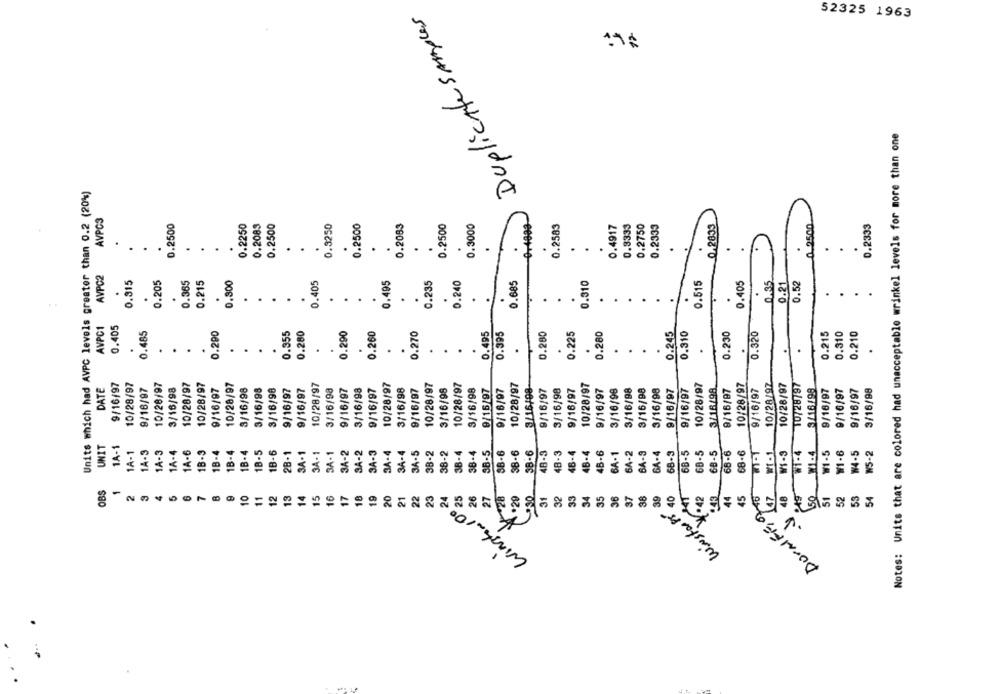
Duplicate samples
52325 1963
17
Notes: Units that are colored had unacceptable wrinkel levels for more than one
Units which had AVPC levels greater than 0.2 (20%)
AVPC3
0.2500
0.2250
0.2083
0.2500
0.3250
0.2500
0.2083
0.2500
0.3000
0.2583
0.4917
0.3333
0.2750
0.2333
0,2833
0.2500
0.2333
.
.
.
.
.
.
.
.
.
..
.
.
.
.
.
.
.
.
.
.
0.815
0.365
0.215
0.300
0.405
0.495
0.235
0.240
0.685
0.310
0.515
0.35
0.21
0.52
.
.
.
.
.
.
.
.
.
.
.
.
.
.
.
.
.
0.405
AVPC1
0.485
0.290
0.355
0.280
0.270
0.495
0.395
0.280
0.245
0.310
0.230
0.320
0.215
0.310
0.210
.
.
.
.
.
.
.
.
.
.
.
.
.
.
.
.
.
.
.
10/28/97
10/28/97
10/28/97
10/28/97
DATE
9/16/97
10/28/97
9/16/97
10/28/97
3/16/98
10/28/97
10/28/97
9/16/97
10/28/97
3/16/98
3/16/98
3/16/98
9/16/97
9/16/97
3/16/98
9/16/97
3/16/98
9/16/97
10/28/97
3/16/98
9/16/97
10/28/97
3/16/98
10/28/97
3/16/98
9/16/97
9/16/97
10/28/97
3/16/98
9/16/97
3/16/98
9/16/97
9/16/97
3/16/98
3/16/98
3/16/98
3/16/98
9/16/97
9/16/97
3/16/98
10/28/97
9/16/97
10/28/97
10/28/97
3/16/98
9/18/97
9/16/97
9/16/97
3/16/98
9/16/97
UNIT
1A-1
1A-1
1A-3
1A-3
1A-4
1A-6
1B-3
1B-4
1B-4
18-4
18-5
18-6
BA-1
3A-2
3A-2
3A-3
3A-4
3A-5
38-2
38-4
SB-5
SB-6
38-6
38-6
48-3
46-4
4B-4
46-6
6A-4
B-5
6B-5
68-6
W1-4
W1-4
W1-5
W1.6
W4-5
W5-2
2B-1
3A-1
3A-1
38-2
38-4
4B-3
6A-1
6A-2
BA-3
68-3
68-6
OBS
150
2
10
11
12
13
14
15
16
17
18
19
20
21
22
23
24
25
28
27
31
32
33
34
35
36
37
38
44
45
51
52
53
54
Wirstarts
Winstand
DoraFEaz